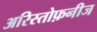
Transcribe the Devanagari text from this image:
अरिस्तोफ़नीज